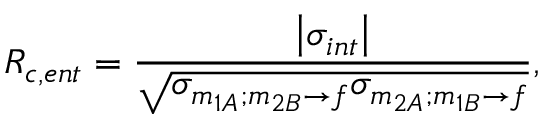
R _ { c , e n t } = \frac { \left| \sigma _ { i n t } \right| } { \sqrt { \sigma _ { m _ { 1 A } ; m _ { 2 B } \rightarrow f } \sigma _ { m _ { 2 A } ; m _ { 1 B } \rightarrow f } } } ,